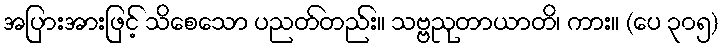
အပြားအားဖြင့် သိစေသော ပညတ်တည်း။ သဗ္ဗညုတာယာတိ၊ ကား။ (ပေ ၃၀၅)